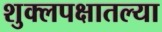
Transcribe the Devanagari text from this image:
शुक्लपक्षातल्या